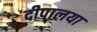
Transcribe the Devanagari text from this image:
दीपालया